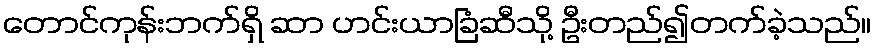
တောင်ကုန်းဘက်ရှိ ဆာ ဟင်းယာခြံဆီသို့ ဦးတည်၍တက်ခဲ့သည်။